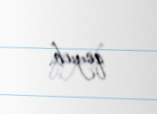
qoyub.